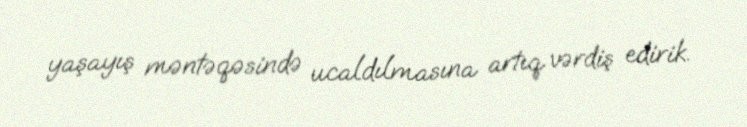
yaşayış məntəqəsində ucaldılmasına artıq vərdiş edirik.